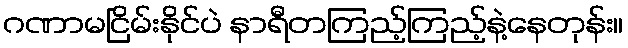
ဂဏာမငြိမ်းနိုင်ပဲ နာရီတကြည့်ကြည့်နဲ့နေတုန်း။